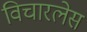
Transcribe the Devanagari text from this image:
विचारलेस